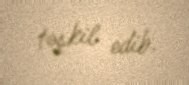
təşkil edib.